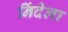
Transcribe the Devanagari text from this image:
निंदेला